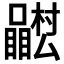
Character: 𭌴